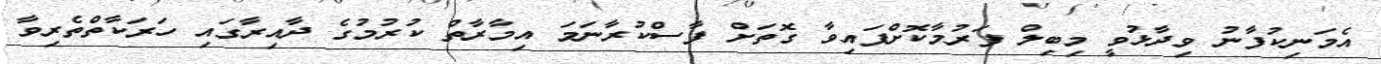
އެމަނިކުފާނު ވިދާޅުވީ މިބިލް ފަރުމާކޮށްފައިވާ ގޮތަށް ފާސްކުރާނަމަ އިމާރާތް ކުރުމުގެ ދާއިރާގައި ހަރަކާތްތެރިވާ